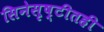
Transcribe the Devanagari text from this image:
सिनेसृष्टीतही